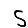
Digit: 5